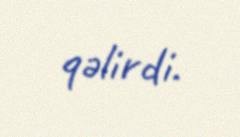
qəlirdi.